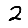
Digit: 2